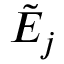
\tilde { E } _ { j }